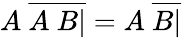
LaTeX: A\ {\overline{{A\ B|}}}=A\ {\overline{{B|}}}